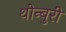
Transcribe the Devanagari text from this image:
थोन्बुरी